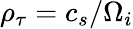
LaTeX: \rho_{\tau}=c_{s}/\Omega_{i}